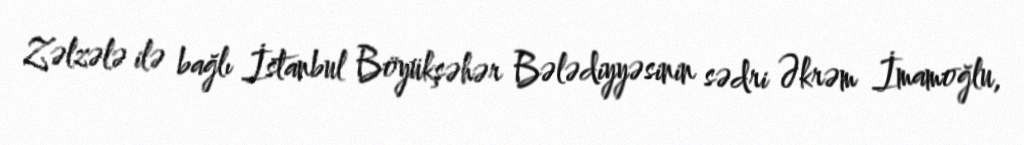
Zəlzələ ilə bağlı İstanbul Böyükşəhər Bələdiyyəsinin sədri Əkrəm İmamoğlu,